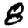
Digit: 8